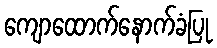
ကျောထောက်နောက်ခံပြု